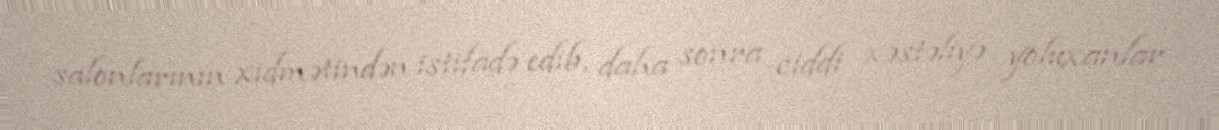
salonlarının xidmətindən istifadə edib, daha sonra ciddi xəstəliyə yoluxanlar